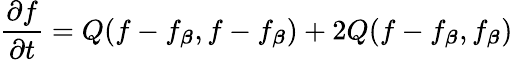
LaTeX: \frac{\partial f}{\partial t}=Q(f-f_{\boldsymbol{\beta}},f-f_{\boldsymbol{\beta}})+2Q(f-f_{\boldsymbol{\beta}},f_{\boldsymbol{\beta}})